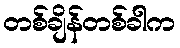
တစ်ချိန်တစ်ခါက